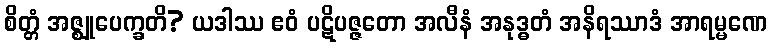
စိတ္တံ အဇ္ဈုပေက္ခတိ? ယဒါဿ ဧဝံ ပဋိပဇ္ဇတော အလီနံ အနုဒ္ဓတံ အနိရဿာဒံ အာရမ္မဏေ